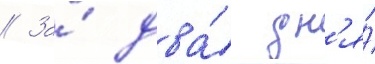
// За́ два́ дн'я́